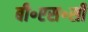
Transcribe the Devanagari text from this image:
बी॰एस॰सी